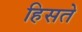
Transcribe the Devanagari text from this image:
हिसते